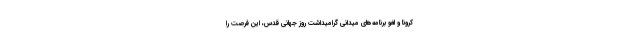
کرونا و لغو برنامه‌های میدانی گرامیداشت روز جهانی قدس، این فرصت را